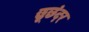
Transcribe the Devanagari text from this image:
छूछंदर